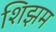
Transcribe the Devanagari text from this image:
शिझम